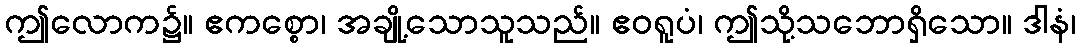
ဤလောက၌။ ဧကစ္စော၊ အချို့သောသူသည်။ ဧဝရူပံ၊ ဤသို့သဘောရှိသော။ ဒါနံ၊